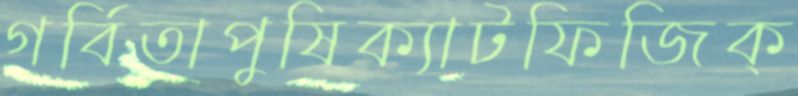
গর্বিতাপুষিক্যাটফিজিক্